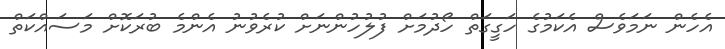
އެހެން ނަމަވެސް އެކަމުގެ ހަގީގަތް ހޯދުމަށް ފުލުހުންނަށް ކުރެވުނު އެންމެ ބުރަކޮށް މަސައްކަތް